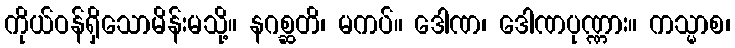
ကိုယ်ဝန်ရှိသောမိန်းမသို့။ နဂစ္ဆတိ၊ မကပ်။ ဒေါဏ၊ ဒေါဏပုဏ္ဏား။ ကသ္မာစ၊